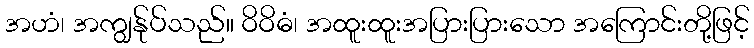
အဟံ၊ အကျွန်ုပ်သည်။ ဝိဝိဓံ၊ အထူးထူးအပြားပြားသော အကြောင်းတို့ဖြင့်